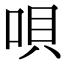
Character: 唄